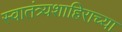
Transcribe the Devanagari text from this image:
स्वातंत्र्यशाहिराच्या